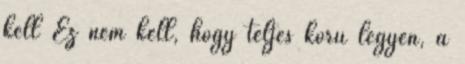
kell Ez nem kell, hogy teljes körű legyen, a